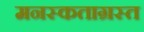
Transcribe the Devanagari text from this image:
मनस्कताग्रस्त